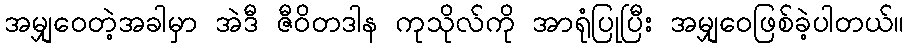
အမျှဝေတဲ့အခါမှာ အဲဒီ ဇီဝိတဒါန ကုသိုလ်ကို အာရုံပြုပြီး အမျှဝေဖြစ်ခဲ့ပါတယ်။